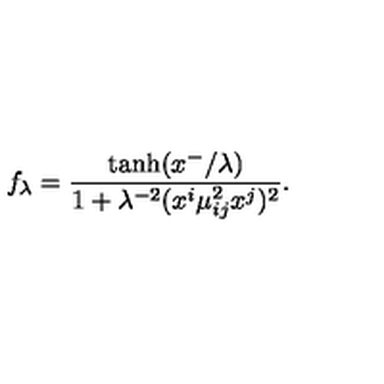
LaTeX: f _ { \lambda } = \frac { \tanh ( x ^ { - } / \lambda ) } { 1 + \lambda ^ { - 2 } ( x ^ { i } \mu _ { i j } ^ { 2 } x ^ { j } ) ^ { 2 } } .